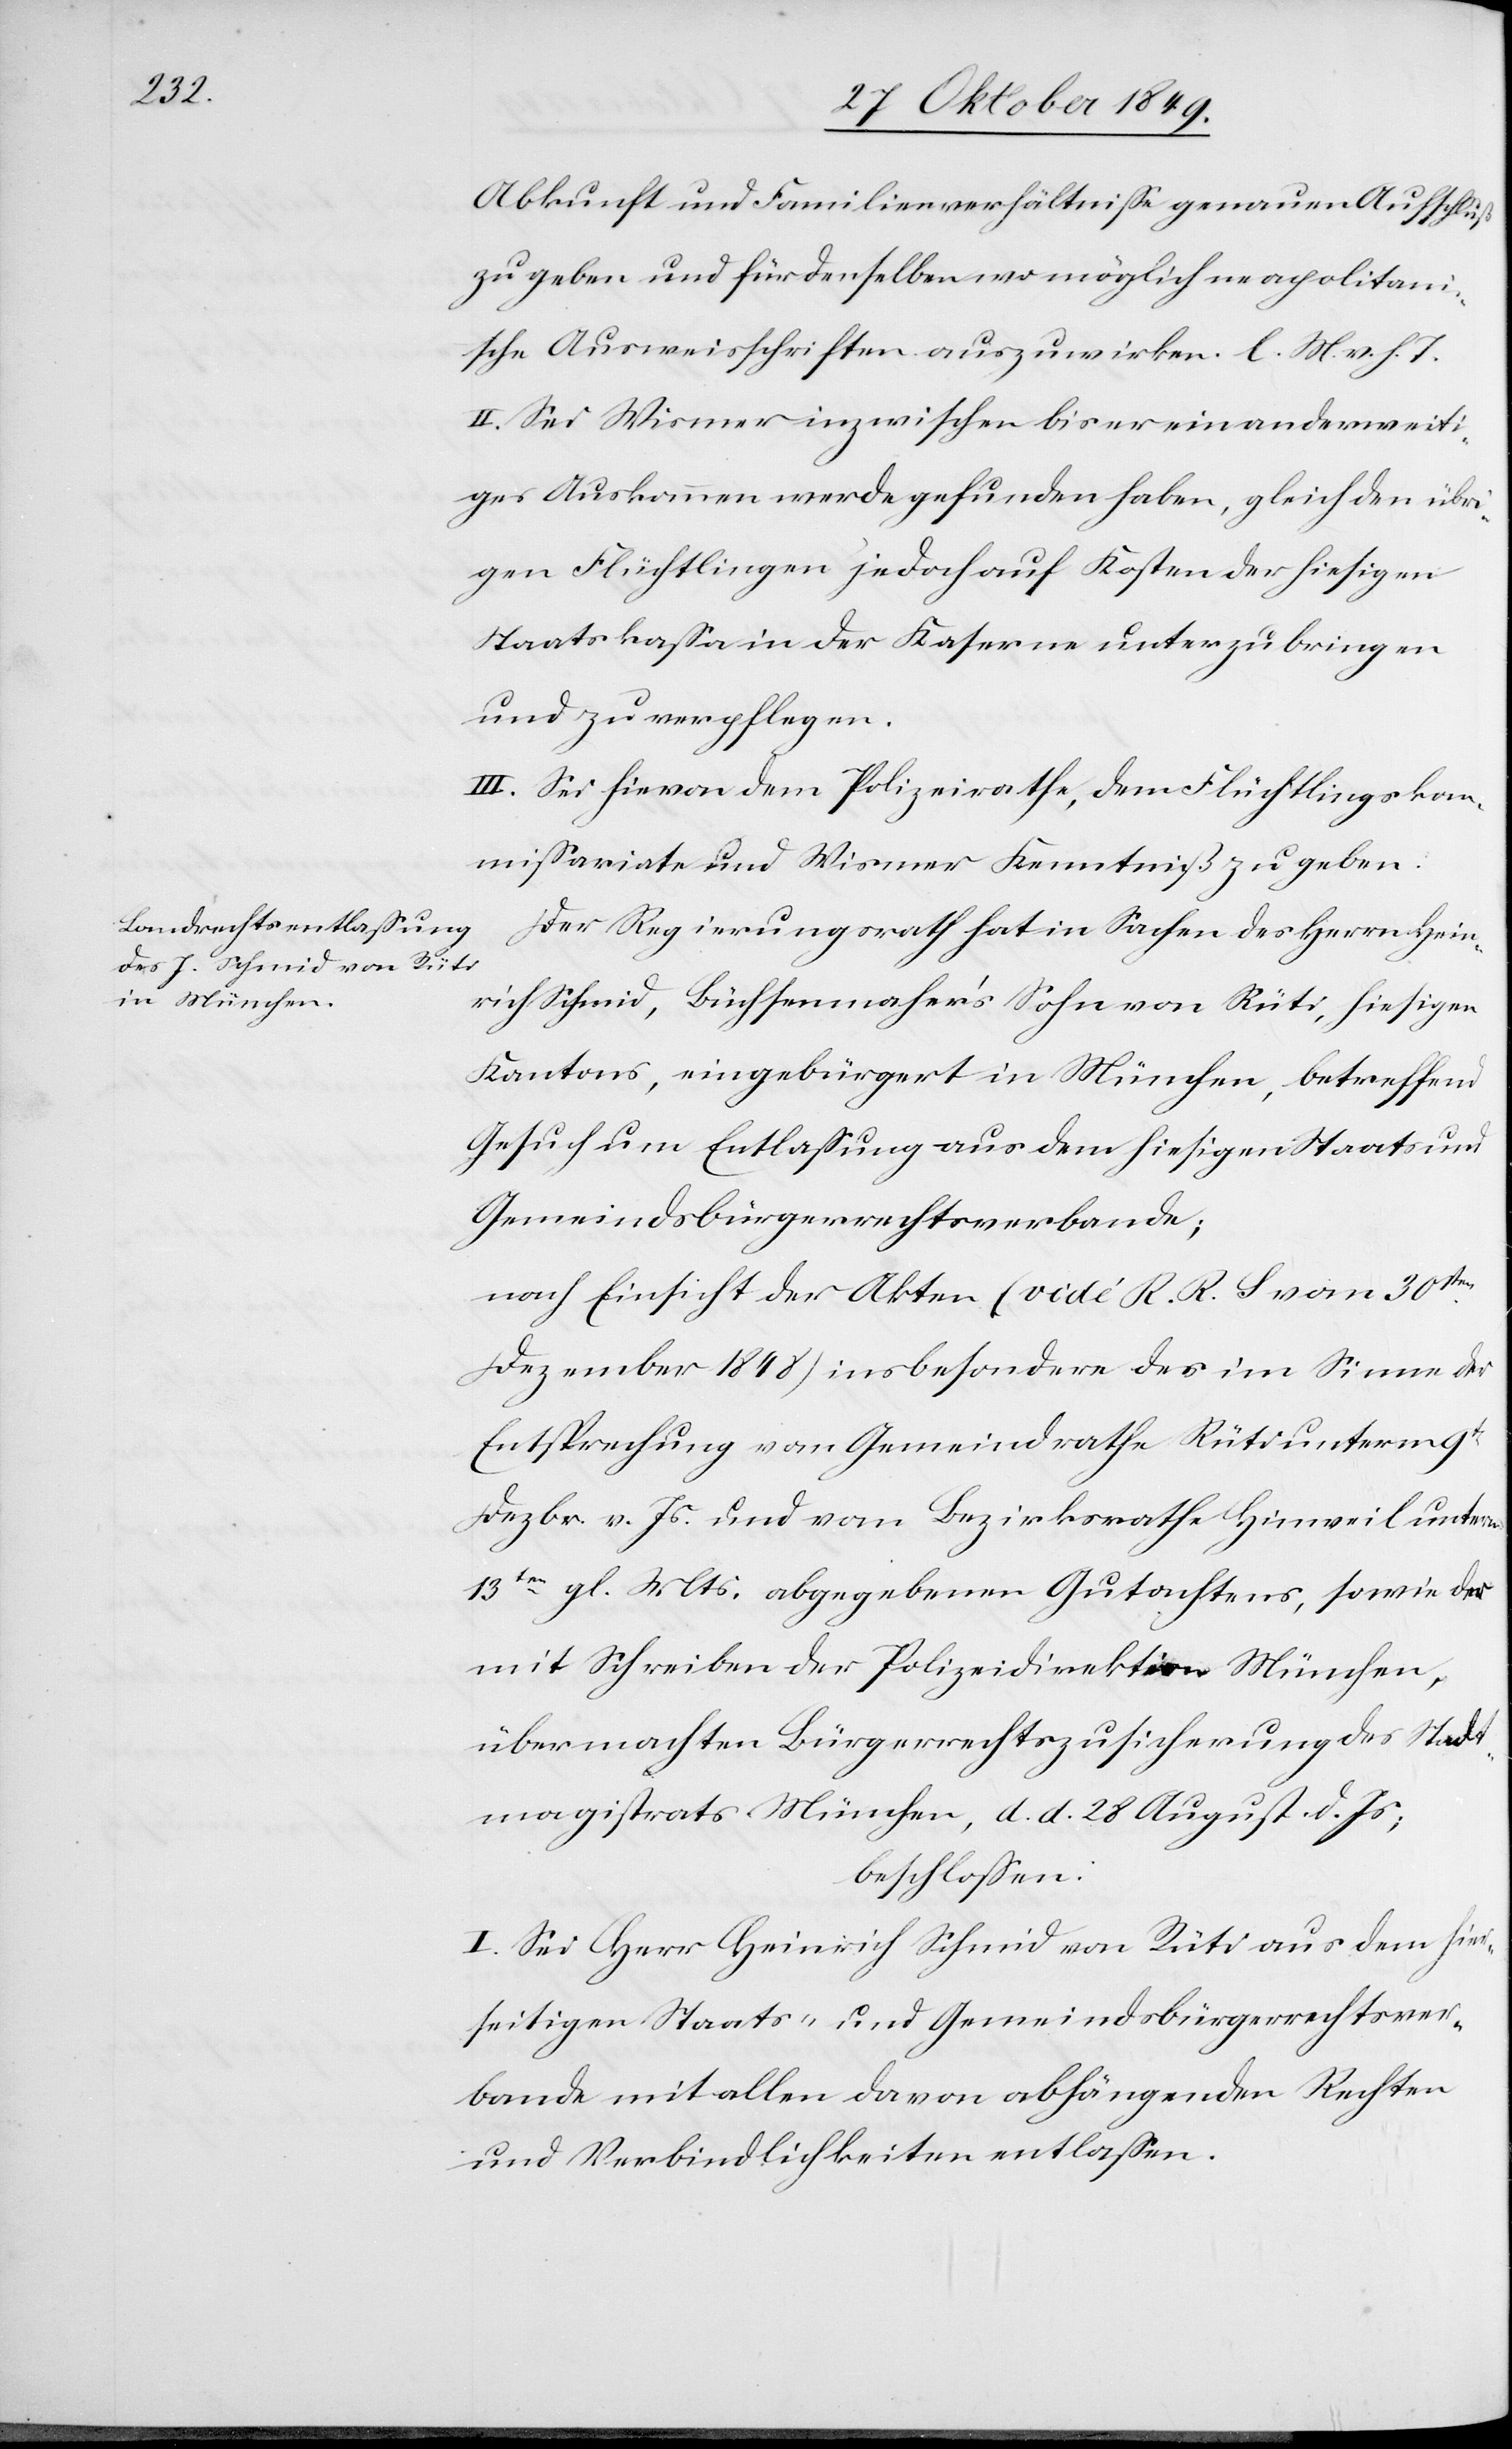
Abkunft und Familienverhältniße genauen Aufschluß
zu geben und für denselben wo möglich neapolitani¬
sche Ausweisschriften auszuwirken. l. M. v. h. T
II. Sei Wismer inzwischen bis er ein anderweit¬
iges Auskommen werde gefunden haben, gleich den übr¬
igen Flüchtlingen jedoch auf Kosten der hiesigen
Staatskaßa in der Kaserne unterzubringen
und zu verpflegen.
III. Sei hievon dem Polizeirathe, dem Flüchtlingskom¬
mißariate und Wismer Kenntniß zu geben.
Der Regierungsrath hat in Sachen des Herrn Hein¬
rich Schmid, Büchsenmacher’s Sohn von Rüti, hiesigen
Kantons, eingebürgert in München, betreffend
Gesuch um Entlaßung aus dem hiesigen Staats- und
nach Einsicht der Akten (vide R. R. L. vom 30sten
Dezember 1848) insbesondere des im Sinne der
Entsprechung vom Gemeindrathe Hinweil unterm
13ten gl. Mts. abgegebenen Gutachtens, sowie der
mit Schreiben der Polizeidirektion München,
übermachten Bürgerrechtszusicherung des Stadt¬
magistrats München, d. d. 28 August d. Js.;
beschloßen:
I. Sei Herr Heinrich Schmid von Rüti aus dem hier¬
seitigen Staats- und Gemeindsbürgerrechtsver¬
bande mit allen davon abhängenden Rechten
und Verbindlichkeiten entlaßen.